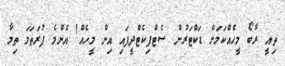
ތިއީ ރާބޯ މީހެއްކަމަށް ޑަކްޓަރުން ސެޓްފިކެޓްދީފައި އިން މީހެއް! އެންމެ ފުރަތަމަ ތިމާ